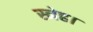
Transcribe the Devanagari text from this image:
स्नेह।